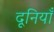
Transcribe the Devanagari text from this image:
दूनियाँ